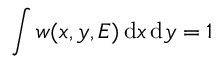
\int w ( x , y , E ) \, \mathrm { d } x \, \mathrm { d } y = 1